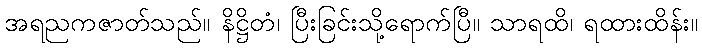
အရညကဇာတ်သည်။ နိဋ္ဌိတံ၊ ပြီးခြင်းသို့ရောက်ပြီ။ သာရထိ၊ ရထားထိန်း။